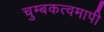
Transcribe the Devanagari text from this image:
चुम्बकत्वमापी